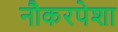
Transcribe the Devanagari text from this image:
नौकरपेशा